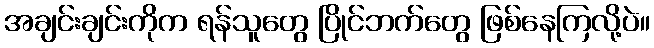
အချင်းချင်းကိုက ရန်သူတွေ ပြိုင်ဘက်တွေ ဖြစ်နေကြလို့ပဲ။